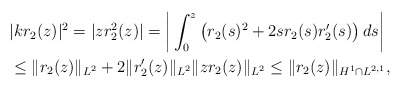
\begin{align*}&|k r_2(z)|^2 = |z r_2^2(z)|= \bigg | \int_0^z\left(r_2(s)^2+2 sr_2(s) r_2'(s)\right) d s\bigg|\\&\leq \|r_2(z)\|_{L^2} +2 \|r_2'(z) \|_{L^2} \|z r_2 (z) \|_{L^2}\leq \|r_2(z)\|_{H^1\cap L^{2,1}},\end{align*}